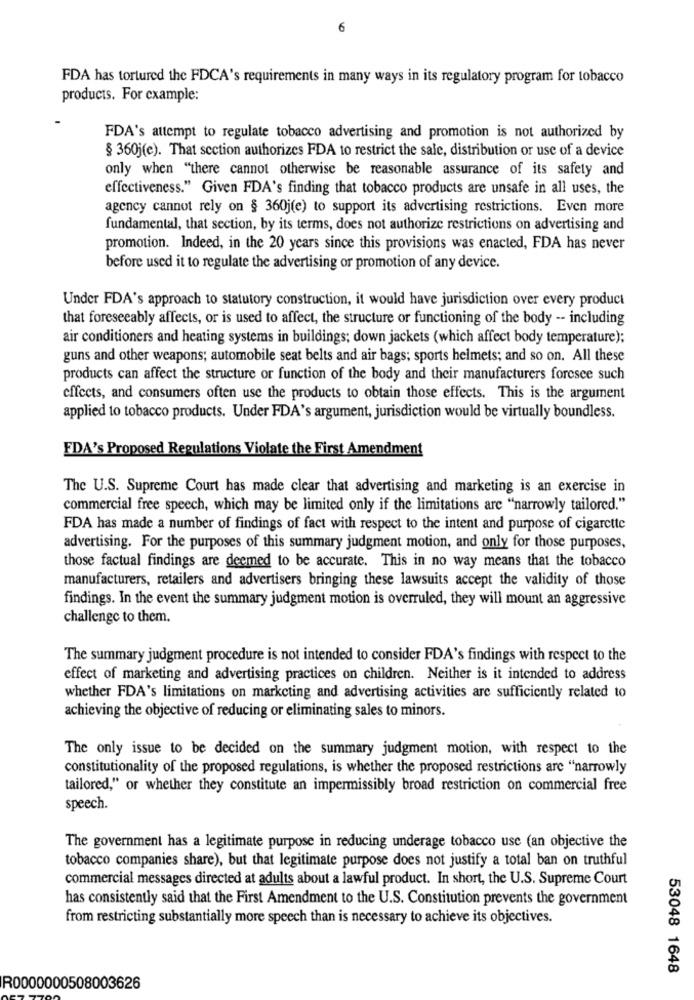
6
FDA has tortured the FDCA's requirements in many ways in its regulatory program for tobacco
products. For example:
FDA's attempt to regulate tobacco advertising and promotion is not authorized by
§ 360j(e). That section authorizes FDA to restrict the sale, distribution or use of a device
only when "there cannot otherwise be reasonable assurance of its safety and
effectiveness." Given FDA's finding that tobacco products are unsafe in all uses, the
agency cannot rely on § 360j(e) to support its advertising restrictions. Even more
fundamental, that section, by its terms, does not authorize restrictions on advertising and
promotion. Indeed, in the 20 years since this provisions was enacted, FDA has never
before used it to regulate the advertising or promotion of any device.
Under FDA's approach to statutory construction, it would have jurisdiction over every product
that foreseeably affects, or is used to affect, the structure or functioning of the body -- including
air conditioners and heating systems in buildings; down jackets (which affect body temperature);
guns and other weapons; automobile seat belts and air bags; sports helmets; and so on. All these
products can affect the structure or function of the body and their manufacturers foresee such
effects, and consumers often use the products to obtain those effects. This is the argument
applied to tobacco products. Under FDA's argument, jurisdiction would be virtually boundless.
FDA's Proposed Regulations Violate the First Amendment
The U.S. Supreme Court has made clear that advertising and marketing is an exercise in
commercial free speech, which may be limited only if the limitations are "narrowly tailored."
FDA has made a number of findings of fact with respect to the intent and purpose of cigarette
advertising. For the purposes of this summary judgment motion, and only for those purposes,
those factual findings are deemed to be accurate. This in no way means that the tobacco
manufacturers, retailers and advertisers bringing these lawsuits accept the validity of those
findings. In the event the summary judgment motion is overruled, they will mount an aggressive
challenge to them.
The summary judgment procedure is not intended to consider FDA's findings with respect to the
effect of marketing and advertising practices on children. Neither is it intended to address
whether FDA's limitations on marketing and advertising activities are sufficiently related to
achieving the objective of reducing or eliminating sales to minors.
The only issue to be decided on the summary judgment motion, with respect to the
constitutionality of the proposed regulations, is whether the proposed restrictions are "narrowly
tailored," or whether they constitute an impermissibly broad restriction on commercial free
speech.
The government has a legitimate purpose in reducing underage tobacco use (an objective the
tobacco companies share), but that legitimate purpose does not justify a total ban on truthful
commercial messages directed at adults about a lawful product. In short, the U.S. Supreme Court
has consistently said that the First Amendment to the U.S. Constitution prevents the government
from restricting substantially more speech than is necessary to achieve its objectives.
53048 1648
R0000000508003626